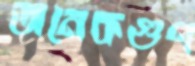
অনেকগুণ